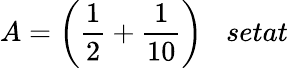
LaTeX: A={\bigg(}{\frac{1}{2}}+{\frac{1}{10}}{\bigg)}\; \; \; setat